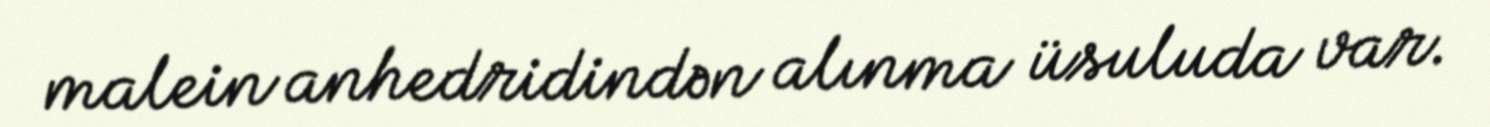
malein anhedridindən alınma üsuluda var.